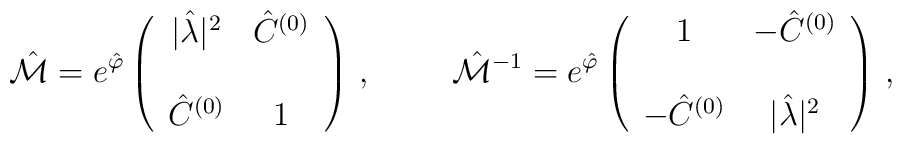
\hat{\cal M}=e^{\hat{\varphi}}\left(\begin{array}{cc}|\hat{\lambda}|^{2} &    \hat{C}^{(0)}  \\& \\\hat{C}^{(0)}       &  1          \\\end{array}\right)\, ,\hspace{1cm}\hat{\cal M}^{-1}=e^{\hat{\varphi}}\left(\begin{array}{cc}1                     &  -\hat{C}^{(0)}      \\& \\-\hat{C}^{(0)}        &  |\hat{\lambda}|^{2} \\\end{array}\right)\, ,